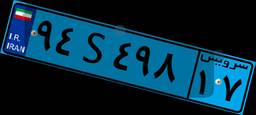
۹۴S۴۹۸۱۷